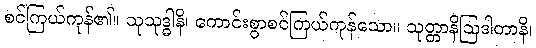
စင်ကြယ်ကုန်၏။ သုသုဒ္ဓါနိ၊ ကောင်းစွာစင်ကြယ်ကုန်သော။ သုတ္တာနိဩဒါတာနိ၊